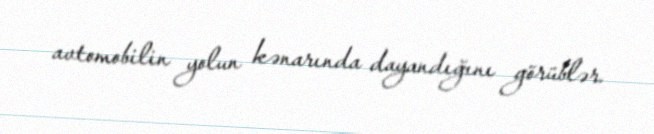
avtomobilin yolun kənarında dayandığını görüblər.